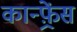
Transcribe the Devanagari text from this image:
कान्‍फ़्रेंस